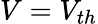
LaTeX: V=V_{th}